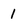
Character: 1